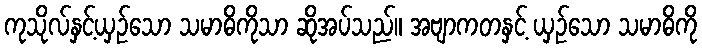
ကုသိုလ်နှင့်ယှဉ်သော သမာဓိကိုသာ ဆိုအပ်သည်။ အဗျာကတနှင့် ယှဉ်သော သမာဓိကို